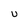
Character: U